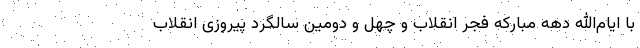
با ایام‌الله دهه مبارکه فجر انقلاب و چهل و دومین سالگرد پیروزی انقلاب